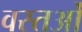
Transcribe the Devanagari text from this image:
वस्तओं